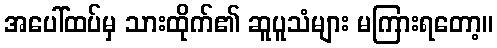
အပေါ်ထပ်မှ သားထိုက်၏ ဆူပူသံများ မကြားရတော့။